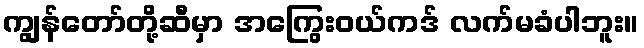
ကျွန်တော်တို့ဆီမှာ အကြွေးဝယ်ကဒ် လက်မခံပါဘူး။